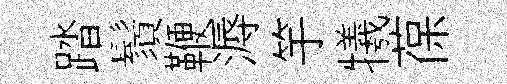
踏鬚鞭溽竽犧葆